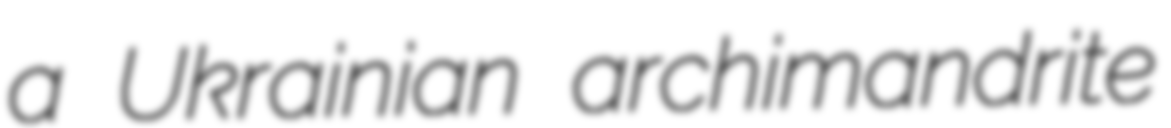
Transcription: a Ukrainian archimandrite